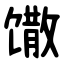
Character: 馓